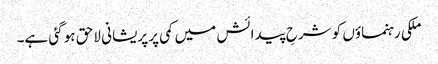
ملکی رہنماؤں کو شرحِ پیدائش میں کمی پر پریشانی لاحق ہو گئی ہے۔